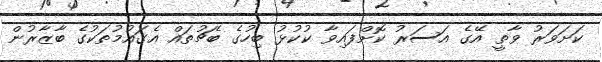
ކަށަވަރު ވާތީ އޭގެ އަސަރު ކޮށްފައިވާ ކުކުޅު ބިހުގެ ބެޗުތައް އެގައުމުތަކުގެ ބާޒާރުން